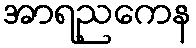
အာရညကေန